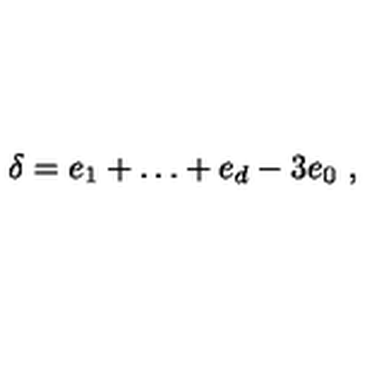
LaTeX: \delta = e _ { 1 } + \dots + e _ { d } - 3 e _ { 0 } \ ,